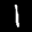
Label: 1